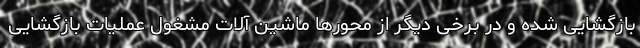
بازگشایی شده و در برخی دیگر از محورها ماشین آلات مشغول عملیات بازگشایی